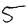
Digit: 5